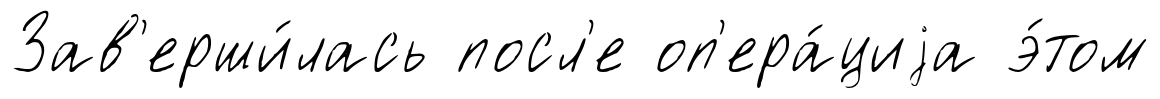
Зав'ерши́лась посл'е оп'ера́циjа э́том